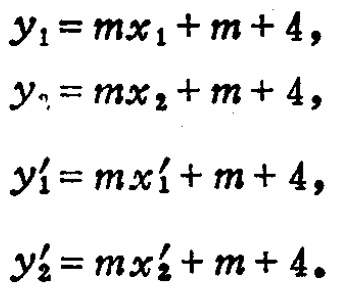
\[
\begin{align*}
y_1&=mx_1 + m + 4,\\
y_2&=mx_2 + m + 4,\\
y_1^\prime&=mx_1^\prime + m + 4,\\
y_2^\prime&=mx_2^\prime + m + 4.
\end{align*}
\]